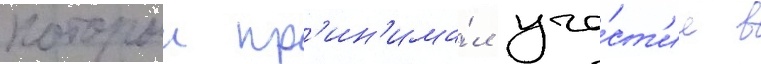
которыи пр'ин'има́л уча́ст'ие в